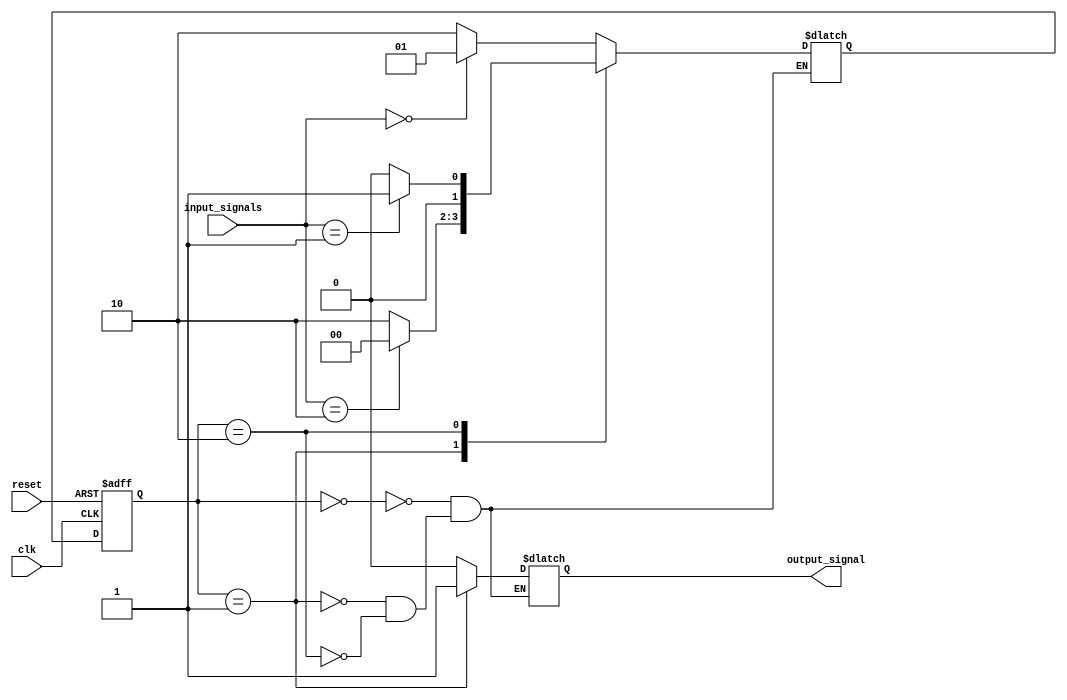
module mealy_state_machine(
  input clk,
  input reset,
  input [1:0] input_signals,
  output reg output_signal
);

// States
parameter S0 = 2'b00;
parameter S1 = 2'b01;
parameter S2 = 2'b10;

// State register
reg [1:0] current_state;
reg [1:0] next_state;

// State memory
always @(posedge clk or posedge reset) begin
  if (reset) begin
    current_state <= S0;
  end else begin
    current_state <= next_state;
  end
end

// Next state logic
always @* begin
  case(current_state)
    S0: begin
      // State S0 logic
      if(input_signals == 2'b00)
        next_state = S1;
      else
        next_state = S2;
    end
    S1: begin
      // State S1 logic
      if(input_signals == 2'b10)
        next_state = S0;
      else
        next_state = S2;
    end
    S2: begin
      // State S2 logic
      if(input_signals == 2'b01)
        next_state = S1;
      else
        next_state = S0;
    end
  endcase
end

// Output logic
always @* begin
  case(current_state)
    S0: output_signal = 1'b0;
    S1: output_signal = 1'b1;
    S2: output_signal = 1'b0;
  endcase
end

endmodule